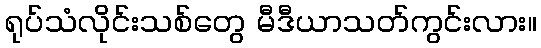
ရုပ်သံလိုင်းသစ်တွေ မီဒီယာသတ်ကွင်းလား။